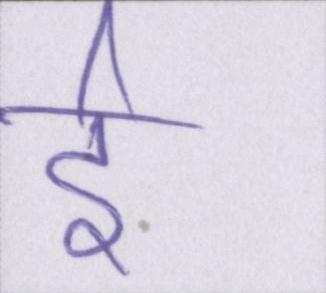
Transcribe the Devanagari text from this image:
ई